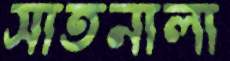
সাতনালা